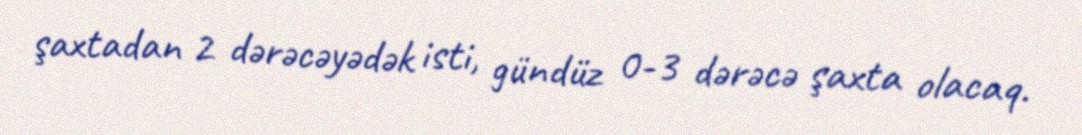
şaxtadan 2 dərəcəyədək isti, gündüz 0-3 dərəcə şaxta olacaq.